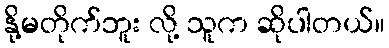
နို့မတိုက်ဘူး လို့ သူက ဆိုပါတယ်။